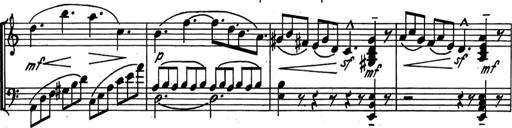
Title: Kleine Sonate
Composer: Raoul Koczalski
Key: C major